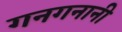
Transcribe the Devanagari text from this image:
गनगनानी